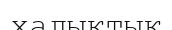
халыктык